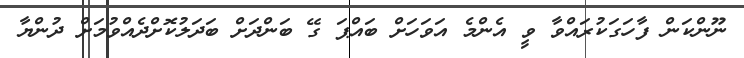
ނޫންކަން ފާހަގަކުރައްވާ ވީ އެންމެ އަވަހަށް ބައްޕަ ގޭ ބަންދަށް ބަދަލުކޮށްދެއްވުމަށް ދުންޔާ